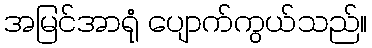
အမြင်အာရုံ ပျောက်ကွယ်သည်။